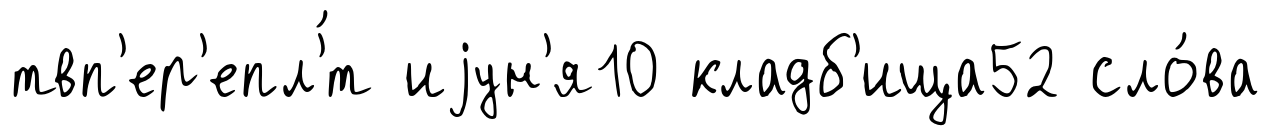
твп'ер'епл'́т иjун'я10 кладб'ища52 сло́ва